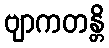
ဗျာကတန္တိ